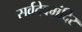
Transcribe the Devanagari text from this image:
सर्वदेवमंदिर